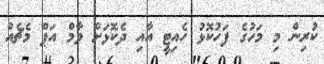
ކުރިން މި މަހުގެ ފަހުކޮޅު ހެއިޓީ އާއި ދެކޮޅަށް ވާމް އަޕް މެޗެއް